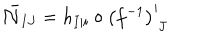
LaTeX: { \bar { \cal N } } _ { I J } = h _ { I \vert i } \circ \left( f ^ { - 1 } \right) _ { \phantom { i } J } ^ { i }